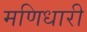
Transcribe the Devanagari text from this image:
मणिधारी